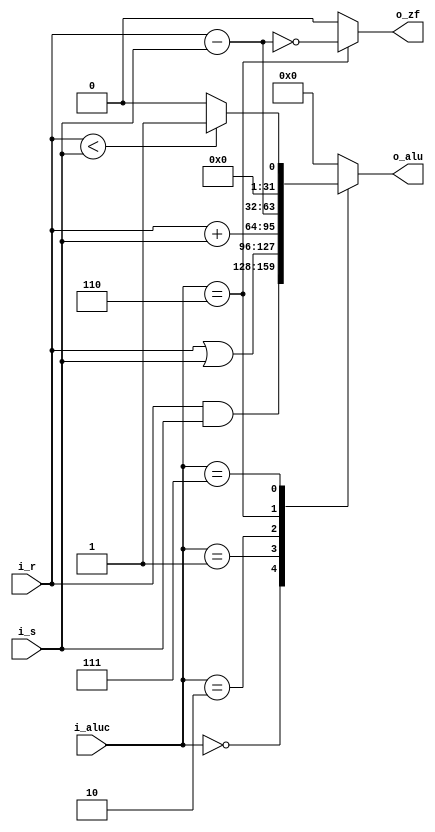
module single_alu(i_r,i_s,i_aluc,o_zf,o_alu);
	input [31:0] i_r;		//i_r: r input
	input [31:0] i_s;		//i_s: s input
	input [2:0] i_aluc;		//i_aluc: ctrl input
	output o_zf;			//o_zf: zero flag output
	output [31:0] o_alu;		//o_alu: alu result output
	reg o_zf;
	reg [31:0] o_alu;
	
	always @(i_aluc or i_r or i_s) begin
		case (i_aluc)
			3'b000:begin
				o_zf=0;
				o_alu=i_r&i_s;
				end
			3'b001:begin
				o_zf=0;
				o_alu=i_r|i_s;
				end
			3'b010:begin
				o_zf=0;
				o_alu=i_r+i_s;
				end
			3'b110:begin
				o_alu=i_r-i_s;
				o_zf=(o_alu==0);
				end
			3'b111:begin
				o_zf=0;
				if(i_r<i_s)
					o_alu=1;
				else
					o_alu=0;
				end
			default:begin
				o_zf=0;
				o_alu=0;
				end

		endcase
	end
endmodule